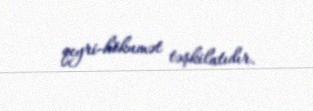
qeyri-hökumət təşkilatıdır.